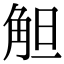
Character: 觛